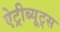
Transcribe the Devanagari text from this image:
ऐट्रीब्यूट्स